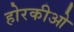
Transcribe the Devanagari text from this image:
होरकीओ